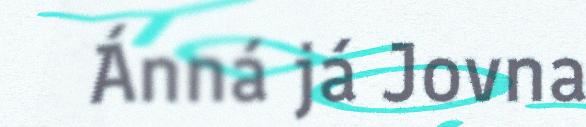
Ánná já Jovna